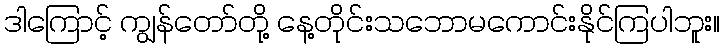
ဒါကြောင့် ကျွန်တော်တို့ နေ့တိုင်းသဘောမကောင်းနိုင်ကြပါဘူး။